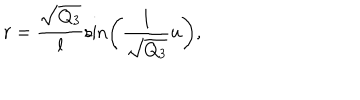
r = \frac { \sqrt { Q _ { 3 } } } { l } \sin \left( \frac { l } { \sqrt { Q _ { 3 } } } u \right) ,